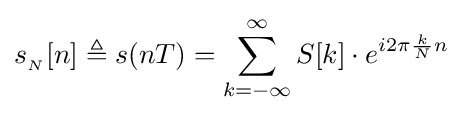
s_{_{N}}[n]\triangleq s(nT)=\sum _{k=-\infty }^{\infty }S[k]\cdot e^{i2\pi {\frac {k}{N}}n}